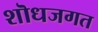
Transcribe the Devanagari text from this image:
शॊधजगत